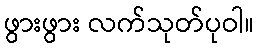
ဖွားဖွား လက်သုတ်ပုဝါ။